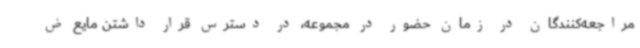
مراجعه‌کنندگان در زمان حضور در مجموعه، در دسترس قرار داشتن مایع ض